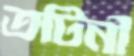
তটিনী